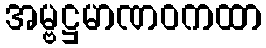
အမ္ဗဋ္ဌမာဏဝကထာ